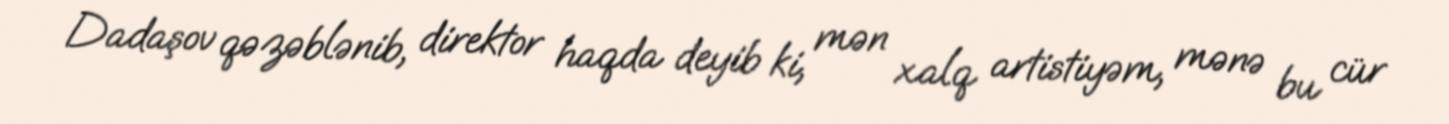
Dadaşov qəzəblənib, direktor haqda deyib ki, mən xalq artistiyəm, mənə bu cür